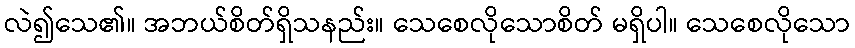
လဲ၍သေ၏။ အဘယ်စိတ်ရှိသနည်း။ သေစေလိုသောစိတ် မရှိပါ။ သေစေလိုသော